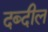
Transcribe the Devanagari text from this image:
दब्दील